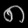
Digit: ၈